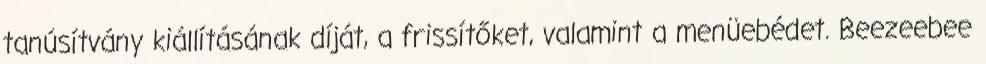
tanúsítvány kiállításának díját, a frissítőket, valamint a menüebédet. Beezeebee